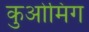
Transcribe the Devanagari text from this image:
कुओमिंग